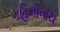
ગહિનીનાથ